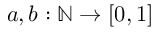
a , b : \mathbb { N } \rightarrow [ 0 , 1 ]